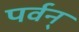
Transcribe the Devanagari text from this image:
पर्वन्